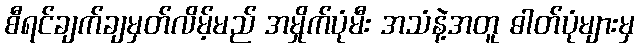
စီရင်ချက်ချမှတ်လိမ့်မည် အမှိုက်ပုံမီး အသံနဲ့အတူ ဓါတ်ပုံများမှ